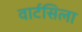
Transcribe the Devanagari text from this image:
वार्टसिला